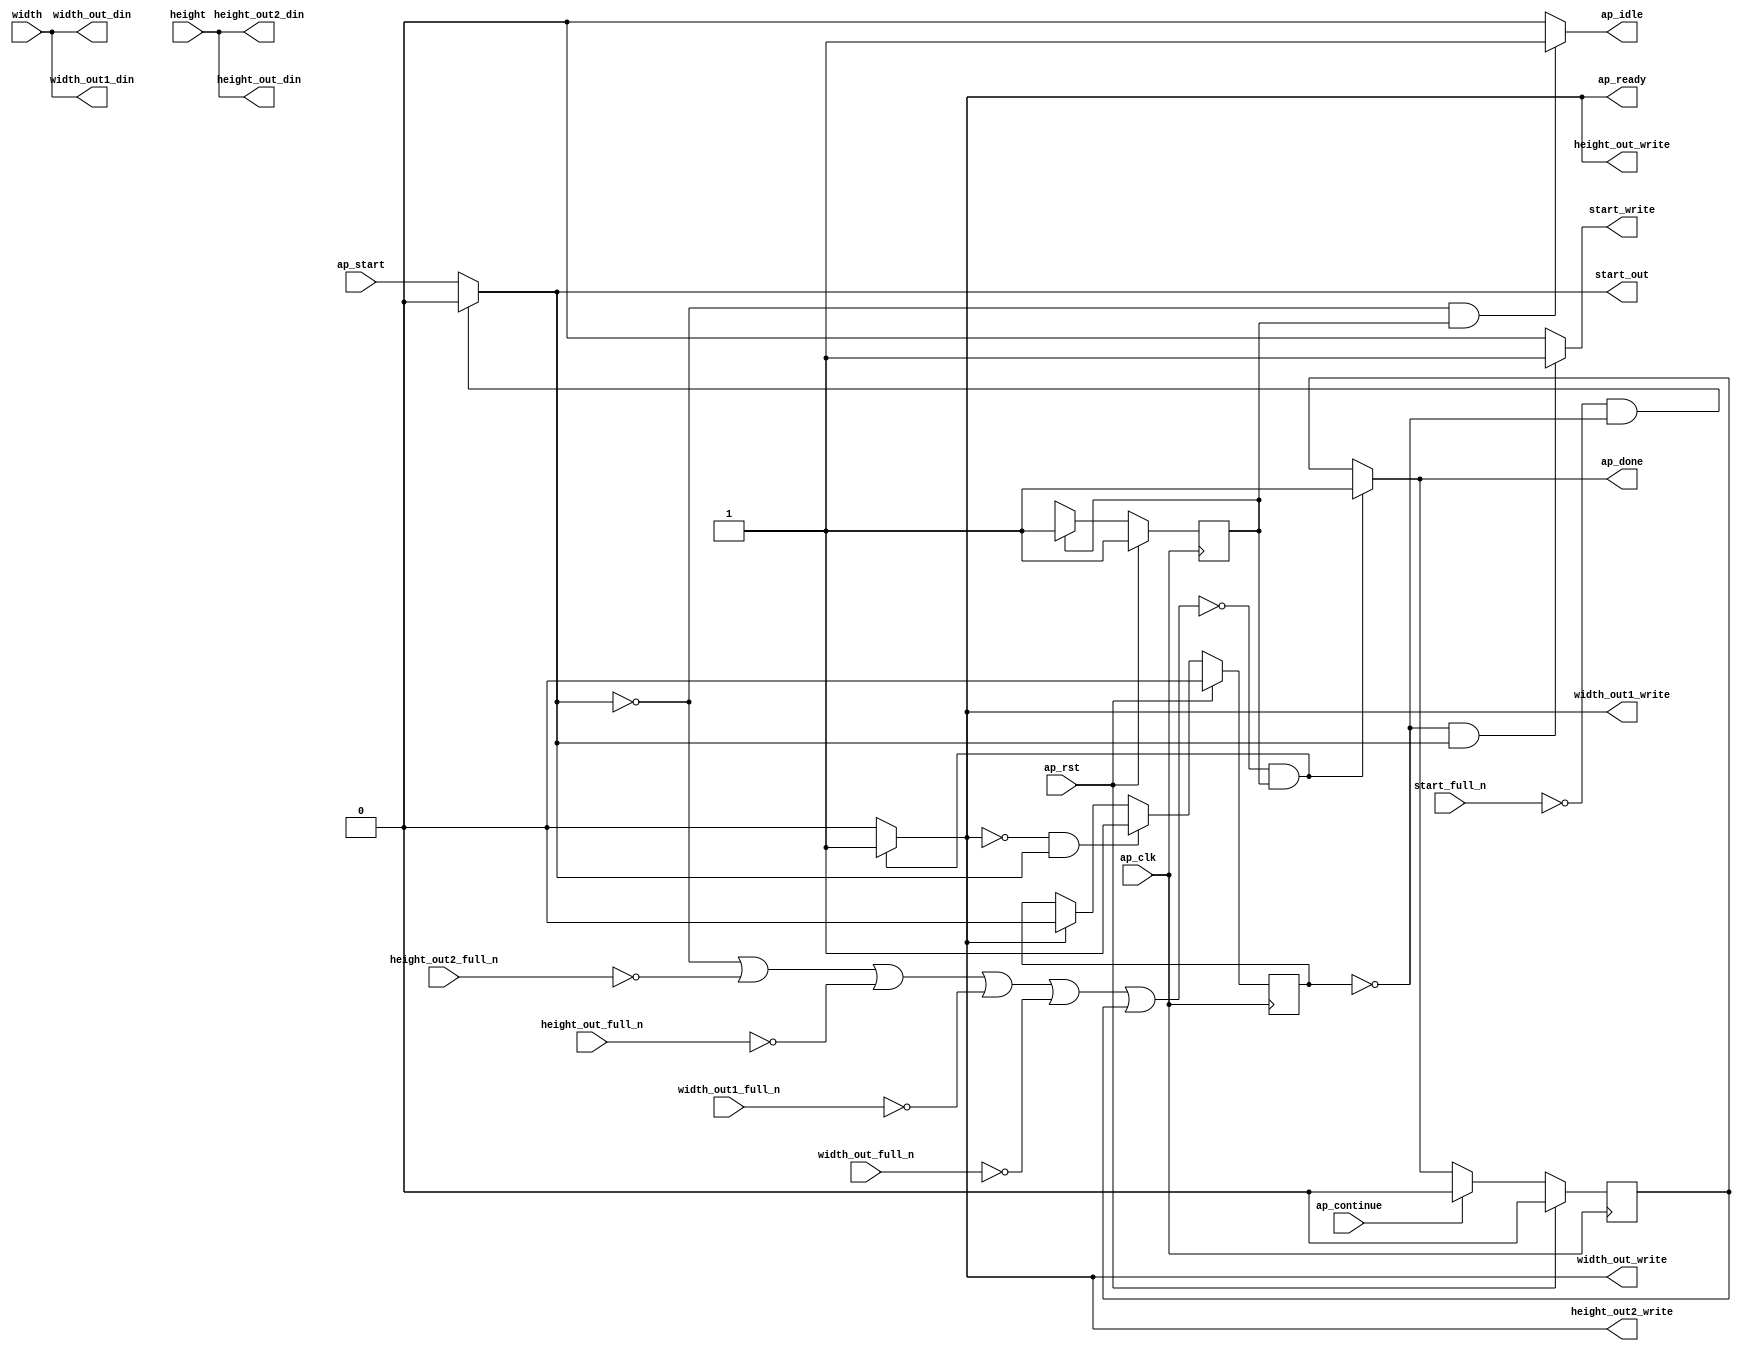
// ==============================================================
// RTL generated by Vivado(TM) HLS - High-Level Synthesis from C, C++ and OpenCL
// Version: 2019.2
// Copyright (C) 1986-2019 Xilinx, Inc. All Rights Reserved.
// 
// ===========================================================

`timescale 1 ns / 1 ps 

module filter11x11_strm_ent (
        ap_clk,
        ap_rst,
        ap_start,
        start_full_n,
        ap_done,
        ap_continue,
        ap_idle,
        ap_ready,
        start_out,
        start_write,
        width,
        height,
        width_out_din,
        width_out_full_n,
        width_out_write,
        width_out1_din,
        width_out1_full_n,
        width_out1_write,
        height_out_din,
        height_out_full_n,
        height_out_write,
        height_out2_din,
        height_out2_full_n,
        height_out2_write
);

parameter    ap_ST_fsm_state1 = 1'd1;

input   ap_clk;
input   ap_rst;
input   ap_start;
input   start_full_n;
output   ap_done;
input   ap_continue;
output   ap_idle;
output   ap_ready;
output   start_out;
output   start_write;
input  [31:0] width;
input  [31:0] height;
output  [31:0] width_out_din;
input   width_out_full_n;
output   width_out_write;
output  [31:0] width_out1_din;
input   width_out1_full_n;
output   width_out1_write;
output  [31:0] height_out_din;
input   height_out_full_n;
output   height_out_write;
output  [31:0] height_out2_din;
input   height_out2_full_n;
output   height_out2_write;

reg ap_done;
reg ap_idle;
reg start_write;
reg width_out_write;
reg width_out1_write;
reg height_out_write;
reg height_out2_write;

reg    real_start;
reg    start_once_reg;
reg    ap_done_reg;
(* fsm_encoding = "none" *) reg   [0:0] ap_CS_fsm;
wire    ap_CS_fsm_state1;
reg    internal_ap_ready;
reg    width_out_blk_n;
reg    width_out1_blk_n;
reg    height_out_blk_n;
reg    height_out2_blk_n;
reg    ap_block_state1;
reg   [0:0] ap_NS_fsm;

// power-on initialization
initial begin
#0 start_once_reg = 1'b0;
#0 ap_done_reg = 1'b0;
#0 ap_CS_fsm = 1'd1;
end

always @ (posedge ap_clk) begin
    if (ap_rst == 1'b1) begin
        ap_CS_fsm <= ap_ST_fsm_state1;
    end else begin
        ap_CS_fsm <= ap_NS_fsm;
    end
end

always @ (posedge ap_clk) begin
    if (ap_rst == 1'b1) begin
        ap_done_reg <= 1'b0;
    end else begin
        if ((ap_continue == 1'b1)) begin
            ap_done_reg <= 1'b0;
        end else if ((~((real_start == 1'b0) | (height_out2_full_n == 1'b0) | (height_out_full_n == 1'b0) | (width_out1_full_n == 1'b0) | (width_out_full_n == 1'b0) | (ap_done_reg == 1'b1)) & (1'b1 == ap_CS_fsm_state1))) begin
            ap_done_reg <= 1'b1;
        end
    end
end

always @ (posedge ap_clk) begin
    if (ap_rst == 1'b1) begin
        start_once_reg <= 1'b0;
    end else begin
        if (((internal_ap_ready == 1'b0) & (real_start == 1'b1))) begin
            start_once_reg <= 1'b1;
        end else if ((internal_ap_ready == 1'b1)) begin
            start_once_reg <= 1'b0;
        end
    end
end

always @ (*) begin
    if ((~((real_start == 1'b0) | (height_out2_full_n == 1'b0) | (height_out_full_n == 1'b0) | (width_out1_full_n == 1'b0) | (width_out_full_n == 1'b0) | (ap_done_reg == 1'b1)) & (1'b1 == ap_CS_fsm_state1))) begin
        ap_done = 1'b1;
    end else begin
        ap_done = ap_done_reg;
    end
end

always @ (*) begin
    if (((real_start == 1'b0) & (1'b1 == ap_CS_fsm_state1))) begin
        ap_idle = 1'b1;
    end else begin
        ap_idle = 1'b0;
    end
end

always @ (*) begin
    if ((~((real_start == 1'b0) | (ap_done_reg == 1'b1)) & (1'b1 == ap_CS_fsm_state1))) begin
        height_out2_blk_n = height_out2_full_n;
    end else begin
        height_out2_blk_n = 1'b1;
    end
end

always @ (*) begin
    if ((~((real_start == 1'b0) | (height_out2_full_n == 1'b0) | (height_out_full_n == 1'b0) | (width_out1_full_n == 1'b0) | (width_out_full_n == 1'b0) | (ap_done_reg == 1'b1)) & (1'b1 == ap_CS_fsm_state1))) begin
        height_out2_write = 1'b1;
    end else begin
        height_out2_write = 1'b0;
    end
end

always @ (*) begin
    if ((~((real_start == 1'b0) | (ap_done_reg == 1'b1)) & (1'b1 == ap_CS_fsm_state1))) begin
        height_out_blk_n = height_out_full_n;
    end else begin
        height_out_blk_n = 1'b1;
    end
end

always @ (*) begin
    if ((~((real_start == 1'b0) | (height_out2_full_n == 1'b0) | (height_out_full_n == 1'b0) | (width_out1_full_n == 1'b0) | (width_out_full_n == 1'b0) | (ap_done_reg == 1'b1)) & (1'b1 == ap_CS_fsm_state1))) begin
        height_out_write = 1'b1;
    end else begin
        height_out_write = 1'b0;
    end
end

always @ (*) begin
    if ((~((real_start == 1'b0) | (height_out2_full_n == 1'b0) | (height_out_full_n == 1'b0) | (width_out1_full_n == 1'b0) | (width_out_full_n == 1'b0) | (ap_done_reg == 1'b1)) & (1'b1 == ap_CS_fsm_state1))) begin
        internal_ap_ready = 1'b1;
    end else begin
        internal_ap_ready = 1'b0;
    end
end

always @ (*) begin
    if (((start_full_n == 1'b0) & (start_once_reg == 1'b0))) begin
        real_start = 1'b0;
    end else begin
        real_start = ap_start;
    end
end

always @ (*) begin
    if (((start_once_reg == 1'b0) & (real_start == 1'b1))) begin
        start_write = 1'b1;
    end else begin
        start_write = 1'b0;
    end
end

always @ (*) begin
    if ((~((real_start == 1'b0) | (ap_done_reg == 1'b1)) & (1'b1 == ap_CS_fsm_state1))) begin
        width_out1_blk_n = width_out1_full_n;
    end else begin
        width_out1_blk_n = 1'b1;
    end
end

always @ (*) begin
    if ((~((real_start == 1'b0) | (height_out2_full_n == 1'b0) | (height_out_full_n == 1'b0) | (width_out1_full_n == 1'b0) | (width_out_full_n == 1'b0) | (ap_done_reg == 1'b1)) & (1'b1 == ap_CS_fsm_state1))) begin
        width_out1_write = 1'b1;
    end else begin
        width_out1_write = 1'b0;
    end
end

always @ (*) begin
    if ((~((real_start == 1'b0) | (ap_done_reg == 1'b1)) & (1'b1 == ap_CS_fsm_state1))) begin
        width_out_blk_n = width_out_full_n;
    end else begin
        width_out_blk_n = 1'b1;
    end
end

always @ (*) begin
    if ((~((real_start == 1'b0) | (height_out2_full_n == 1'b0) | (height_out_full_n == 1'b0) | (width_out1_full_n == 1'b0) | (width_out_full_n == 1'b0) | (ap_done_reg == 1'b1)) & (1'b1 == ap_CS_fsm_state1))) begin
        width_out_write = 1'b1;
    end else begin
        width_out_write = 1'b0;
    end
end

always @ (*) begin
    case (ap_CS_fsm)
        ap_ST_fsm_state1 : begin
            ap_NS_fsm = ap_ST_fsm_state1;
        end
        default : begin
            ap_NS_fsm = 'bx;
        end
    endcase
end

assign ap_CS_fsm_state1 = ap_CS_fsm[32'd0];

always @ (*) begin
    ap_block_state1 = ((real_start == 1'b0) | (height_out2_full_n == 1'b0) | (height_out_full_n == 1'b0) | (width_out1_full_n == 1'b0) | (width_out_full_n == 1'b0) | (ap_done_reg == 1'b1));
end

assign ap_ready = internal_ap_ready;

assign height_out2_din = height;

assign height_out_din = height;

assign start_out = real_start;

assign width_out1_din = width;

assign width_out_din = width;

endmodule //filter11x11_strm_ent